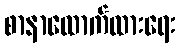
စာနာထောက်ထားရေး